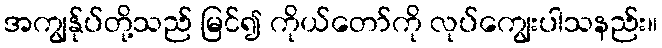
အကျွန်ုပ်တို့သည် မြင်၍ ကိုယ်တော်ကို လုပ်ကျွေးပါသနည်း။